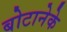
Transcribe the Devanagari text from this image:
बोटानेके